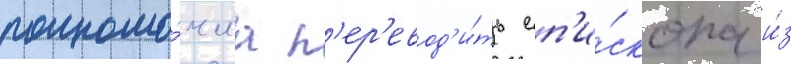
полномо́чиа п'ер'евод'и́ть еп'и́скопа и́з